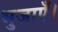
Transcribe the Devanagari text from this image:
भुजाएँ।